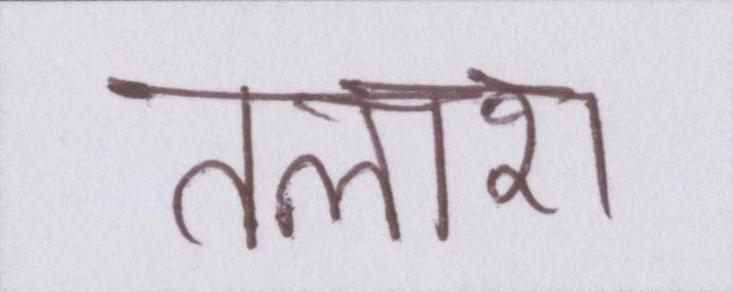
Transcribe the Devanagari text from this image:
तलाश